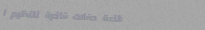
قاعة حفلات فاخرة لتنظيم ا